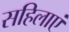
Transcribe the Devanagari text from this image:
सहिलाएं